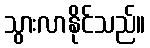
သွားလာနိုင်သည်။